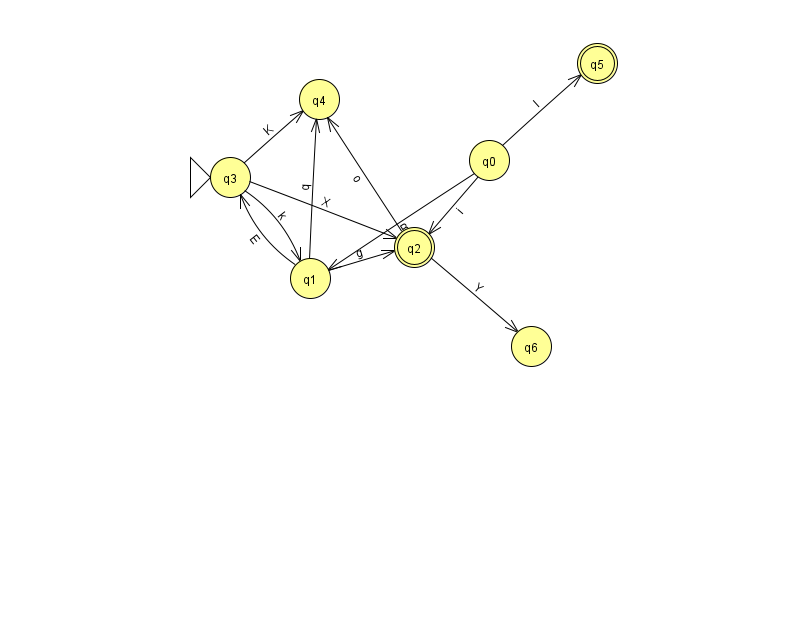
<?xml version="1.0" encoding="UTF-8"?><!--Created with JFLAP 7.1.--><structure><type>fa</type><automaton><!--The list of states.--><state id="0" name="q0"><x>489.0</x><y>147.0</y></state><state id="1" name="q1"><x>310.0</x><y>265.0</y></state><state id="2" name="q2"><x>414.0</x><y>234.0</y><final/></state><state id="3" name="q3"><x>230.0</x><y>164.0</y><initial/></state><state id="4" name="q4"><x>319.0</x><y>86.0</y></state><state id="5" name="q5"><x>597.0</x><y>50.0</y><final/></state><state id="6" name="q6"><x>531.0</x><y>333.0</y></state><!--The list of transitions.--><transition><from>0</from><to>5</to><read>l</read></transition><transition><from>2</from><to>4</to><read>o</read></transition><transition><from>3</from><to>1</to><read>k</read></transition><transition><from>2</from><to>6</to><read>Y</read></transition><transition><from>1</from><to>4</to><read>q</read></transition><transition><from>3</from><to>4</to><read>K</read></transition><transition><from>3</from><to>2</to><read>X</read></transition><transition><from>0</from><to>1</to><read>B</read></transition><transition><from>1</from><to>3</to><read>E</read></transition><transition><from>0</from><to>2</to><read>i</read></transition><transition><from>1</from><to>2</to><read>g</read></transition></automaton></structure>